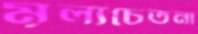
মূল্যচেতনা